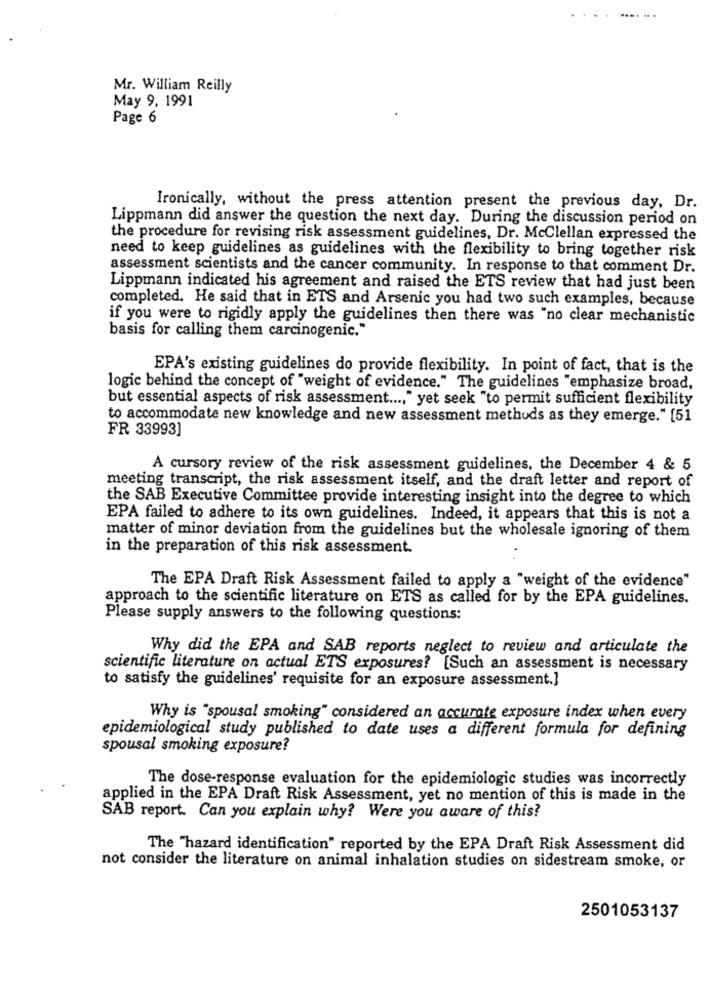
...
Mr. William Reilly
May 9, 1991
Page 6
Ironically, without the press attention present the previous day, Dr.
Lippmann did answer the question the next day. During the discussion period on
the procedure for revising risk assessment guidelines, Dr. McClellan expressed the
need to keep guidelines as guidelines with the flexibility to bring together risk
assessment scientists and the cancer community. In response to that comment Dr.
Lippmann indicated his agreement and raised the ETS review that had just been
completed. He said that in ETS and Arsenic you had two such examples, because
if you were to rigidly apply the guidelines then there was "no clear mechanistic
basis for calling them carcinogenic."
EPA's existing guidelines do provide flexibility. In point of fact, that is the
logic behind the concept of "weight of evidence." The guidelines "emphasize broad,
but essential aspects of risk assessment ..., " yet seek "to permit sufficient flexibility
to accommodate new knowledge and new assessment methods as they emerge." [51
FR 33993]
A cursory review of the risk assessment guidelines, the December 4 & 5
meeting transcript, the risk assessment itself, and the draft letter and report of
the SAB Executive Committee provide interesting insight into the degree to which
EPA failed to adhere to its own guidelines. Indeed, it appears that this is not a
matter of minor deviation from the guidelines but the wholesale ignoring of them
in the preparation of this risk assessment.
The EPA Draft Risk Assessment failed to apply a "weight of the evidence"
approach to the scientific literature on ETS as called for by the EPA guidelines.
Please supply answers to the following questions:
Why did the EPA and SAB reports neglect to review and articulate the
scientific literature on actual ETS exposures? [Such an assessment is necessary
to satisfy the guidelines' requisite for an exposure assessment.]
Why is "spousal smoking" considered an accurate exposure index when every
epidemiological study published to date uses a different formula for defining
spousal smoking exposure?
The dose-response evaluation for the epidemiologic studies was incorrectly
applied in the EPA Draft Risk Assessment, yet no mention of this is made in the
SAB report. Can you explain why? Were you aware of this?
The "hazard identification" reported by the EPA Draft Risk Assessment did
not consider the literature on animal inhalation studies on sidestream smoke, or
2501053137